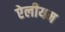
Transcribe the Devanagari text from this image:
ऐलीयम